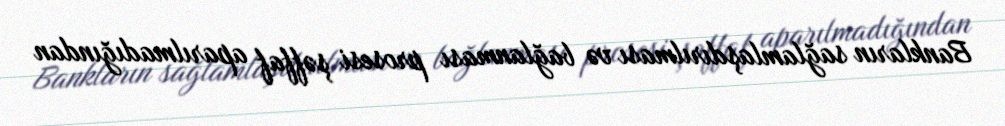
Bankların sağlamlaşdırılması və bağlanması prosesi şəffaf aparılmadığından